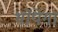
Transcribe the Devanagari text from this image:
थोपेगा